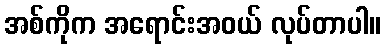
အစ်ကိုက အရောင်းအဝယ် လုပ်တာပါ။